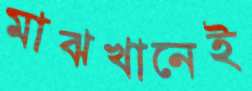
মাঝখানেই